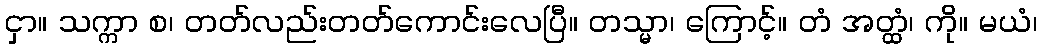
ငှာ။ သက္ကာ စ၊ တတ်လည်းတတ်ကောင်းလေပြီ။ တသ္မာ၊ ကြောင့်။ တံ အတ္ထံ၊ ကို။ မယံ၊